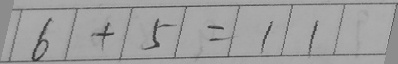
6 + 5 = 1 1